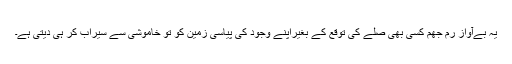
یہ بےآواز رم جھم کسی بھی صلے کی توقع کے بغیراپنے وجود کی پیاسی زمین کو تو خاموشی سے سیراب کر ہی دیتی ہے۔